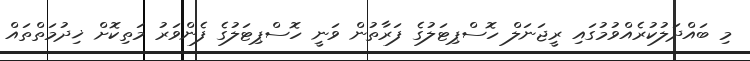
މި ބައްދަލުކުރެއްވުމުގައި ރީޖަނަލް ހޮސްޕިޓަލުގެ ފަރާތުން ވަނީ ހޮސްޕިޓަލުގެ ފެންވަރު މަތިކޮށް ޚިދުމަތްތައް